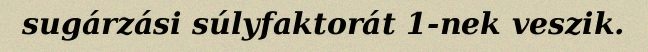
sugárzási súlyfaktorát 1-nek veszik.